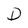
Character: D